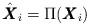
LaTeX: \begin{align*}\hat{\pmb{X}}_i=\Pi(\pmb{X}_i)\end{align*}